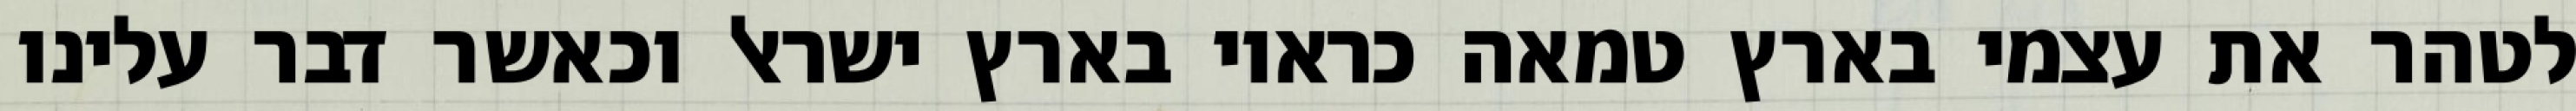
לטהר את עצמי בארץ טמאה כראוי בארץ ישראל וכאשר דבר עלינו